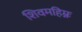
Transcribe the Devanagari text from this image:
शिवमहिम्नः